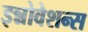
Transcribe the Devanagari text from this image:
इन्नोवेशन्स